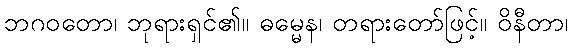
ဘဂဝတော၊ ဘုရားရှင်၏။ ဓမ္မေန၊ တရားတော်ဖြင့်။ ဝိနီတာ၊